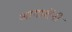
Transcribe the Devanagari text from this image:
आगाशेंनी